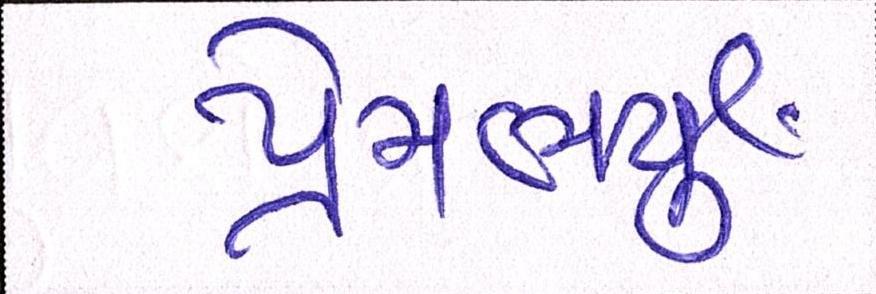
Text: પ્રેમભર્યું